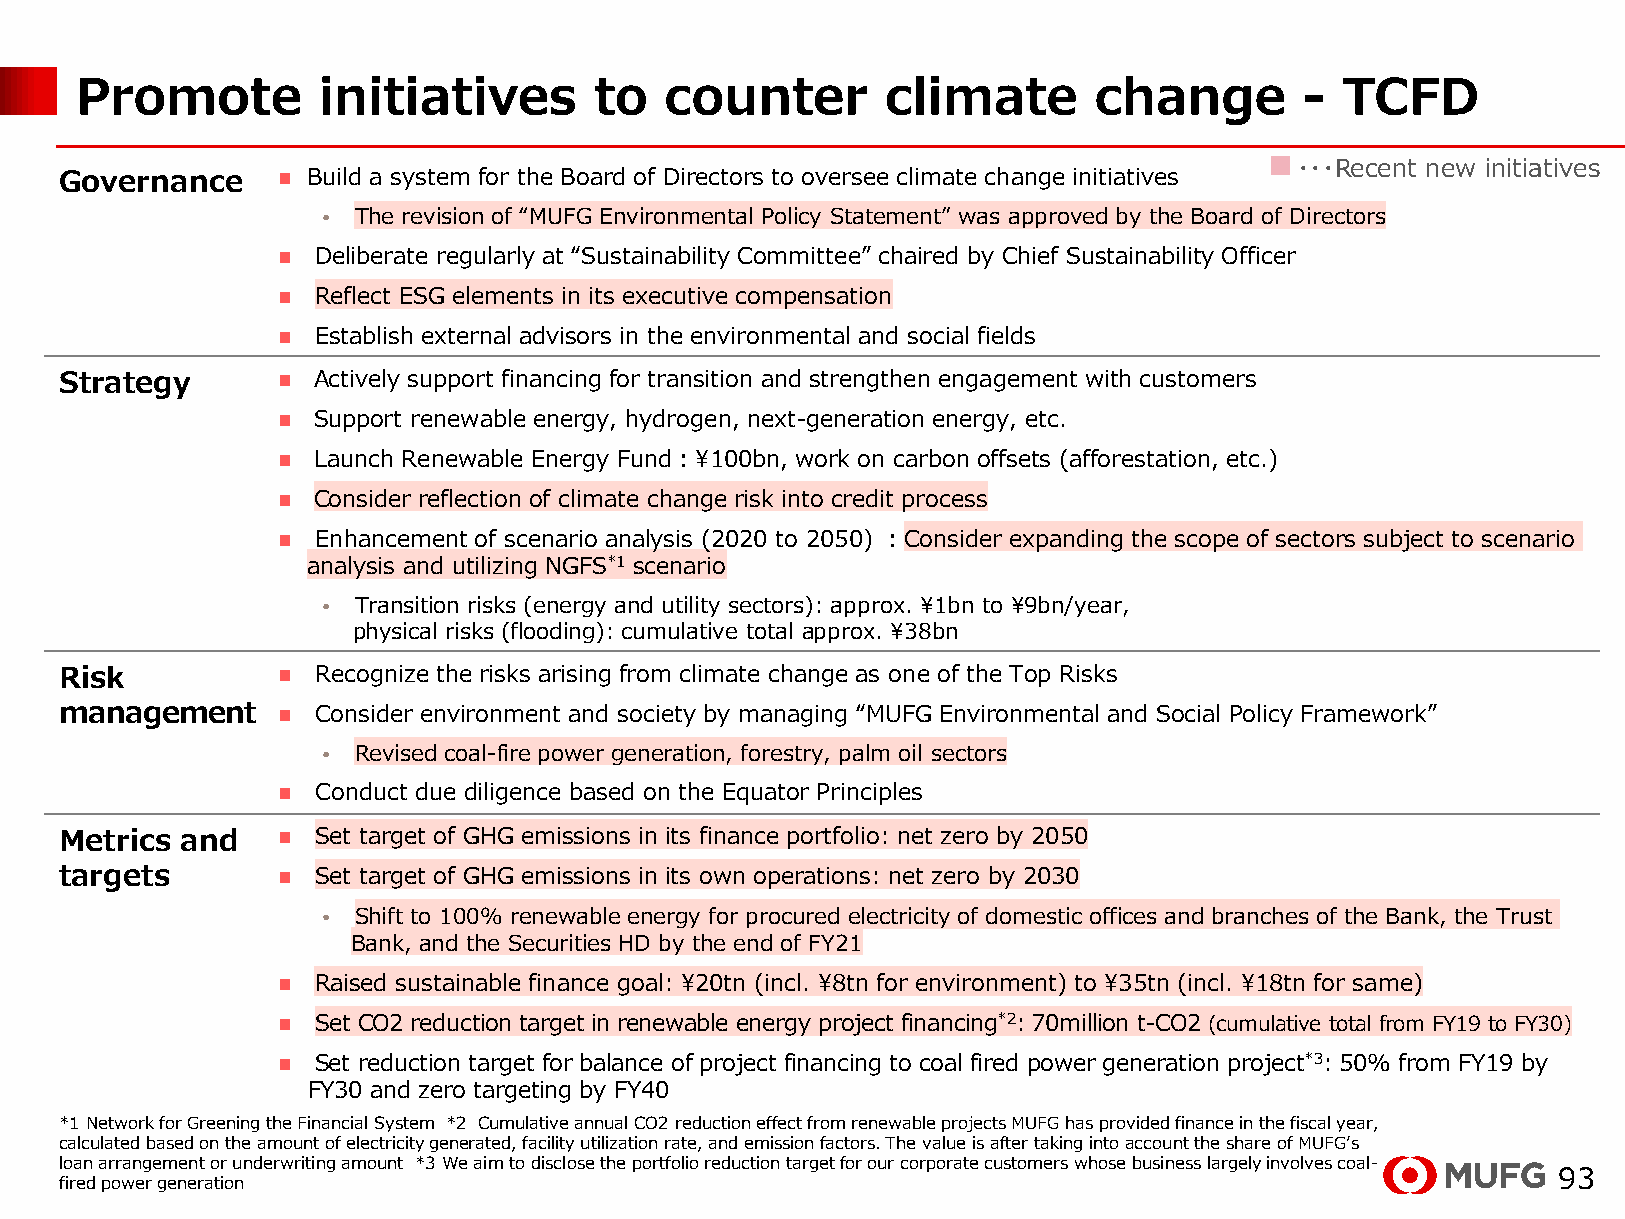
Promote         initiatives       to   counter        climate      change        -  TCFD
 ■・・・Recent new initiatives
 Governance     Build a system for the Board of Directors to oversee climate change initiatives
 • The revision of “MUFG Environmental Policy Statement” was approved by the Board of Directors
   Deliberate regularly at “Sustainability Committee” chaired by Chief Sustainability Officer
   Reflect ESG elements in its executive compensation
   Establish external advisors in the environmental and social fields
 Strategy        Actively support financing for transition and strengthen engagement with customers
   Support renewable energy, hydrogen, next-generation energy, etc.
   Launch Renewable Energy Fund：¥100bn, work on carbon offsets (afforestation, etc.)
   Consider reflection of climate change risk into credit process
   Enhancement of scenario analysis (2020 to 2050) ：Consider expanding the scope of sectors subject to scenario
 analysis and utilizing NGFS*1 scenario
 • Transition risks (energy and utility sectors): approx. ¥1bn to ¥9bn/year,
 physical risks (flooding): cumulative total approx. ¥38bn
 Risk            Recognize the risks arising from climate change as one of the Top Risks
 management      Consider environment and society by managing “MUFG Environmental and Social Policy Framework”
 • Revised coal-fire power generation, forestry, palm oil sectors
   Conduct due diligence based on the Equator Principles
 Metrics and     Set target of GHG emissions in its finance portfolio: net zero by 2050
 targets         Set target of GHG emissions in its own operations: net zero by 2030
 • Shift to 100% renewable energy for procured electricity of domestic offices and branches of the Bank, the Trust
 Bank, and the Securities HD by the end of FY21
   Raised sustainable finance goal: ¥20tn (incl. ¥8tn for environment) to ¥35tn (incl. ¥18tn for same)
   Set CO2 reduction target in renewable energy project financing*2: 70million t-CO2 (cumulative total from FY19 to FY30)
   Set reduction target for balance of project financing to coal fired power generation project*3: 50% from FY19 by
 FY30 and zero targeting by FY40
 *1 Network for Greening the Financial System *2 Cumulative annual CO2 reduction effect from renewable projects MUFG has provided finance in the fiscal year,
 calculated based on the amount of electricity generated, facility utilization rate, and emission factors. The value is after taking into account the share of MUFG’s
 loan arrangement or underwriting amount *3 We aim to disclose the portfolio reduction target for our corporate customers whose business largely involves coal-
 93
 fired power generation